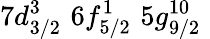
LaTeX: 7d_{3/2}^{3}\, \, 6f_{5/2}^{1}\, \, 5g_{9/2}^{10}\, \,